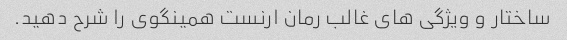
ساختار و ویژگی های غالب رمان ارنست همینگوی را شرح دهید.